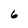
Character: 6